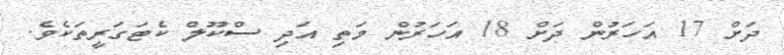
ދަށް 17 އަހަރުން ދަށް 18 އަހަރުން މަތި އަދި ސްކޫލް ކެޓަގަރީތަކެވެ.